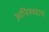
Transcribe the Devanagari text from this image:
अनिरुध्दाय